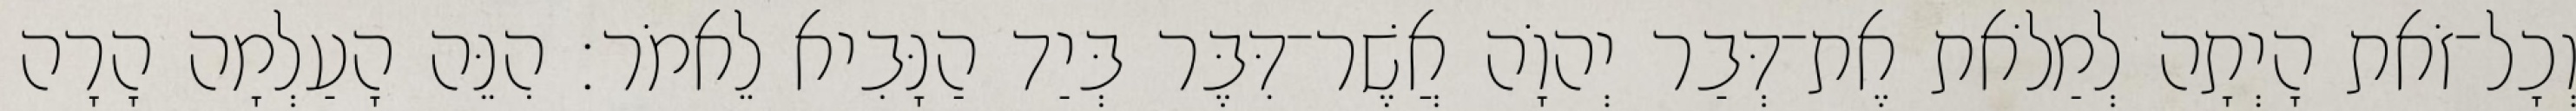
וְכָל־זֹאת הָיְתָה לְמַלֹאת אֶת־דְּבַר יְהוָֹה אֲשֶׁר־דִּבֶּר בְּיַד הַנָּבִיא לֵאמֹר׃ הִנֵּה הָעַלְמָה הָרָה